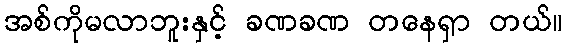
အစ်ကိုမလာဘူးနှင့် ခဏခဏ တနေရှာ တယ်။